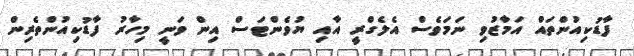
ފާޑުކިއުންތައް އަމާޒުވި ނަމަވެސް އެލެގްރީ އާއި ޔުވެންޓަސް އިން ވަނީ މިހާރު ފާޑުކިއުންތެރިން